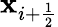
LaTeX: \mathbf{x}_{i+{\frac{{1}}{{2}}}}